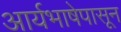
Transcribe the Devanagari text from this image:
आर्यभाषेपासून